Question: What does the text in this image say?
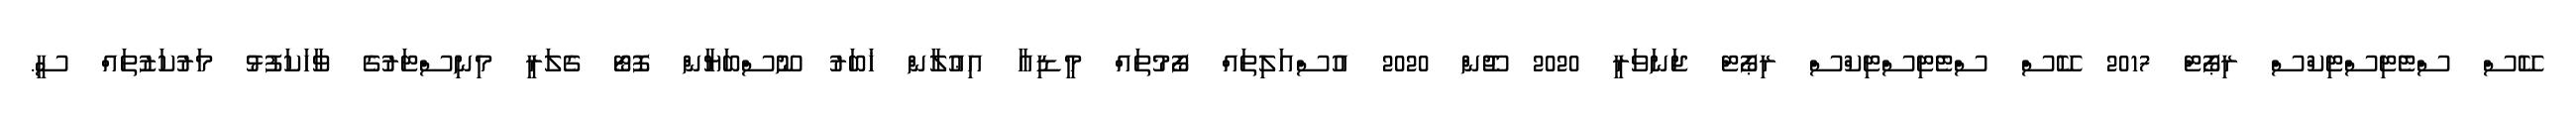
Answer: ކޭސް ސްޓެޓިސްޓިކްސް ރިޕޯޓް 2017 ކޭސް ސްޓެޓިސްޓިކްސް ރިޕޯޓް ޖަނަވަރީ 2020 ޖޫން 2020 އުސްއަލިތައް ފޯމުތައް މީޑިއާ އިޢުލާން ޚަބަރު ނޫސްބަޔާން ފޮޓޯ ގެލަރީ މިނިސްޓަރުގެ ވާހަކަފުޅު މަރުކަޒުތައް ސީ.